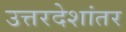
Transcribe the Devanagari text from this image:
उत्तरदेशांतर